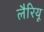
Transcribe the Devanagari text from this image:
लैरियू